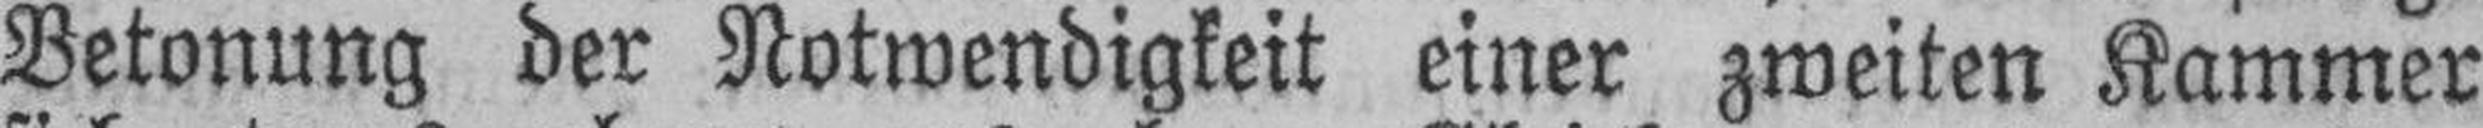
Betonung der Notwendigkeit einer zweiten Kammer